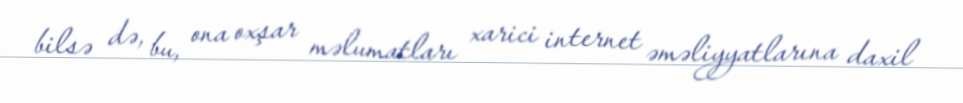
bilsə də, bu, ona oxşar məlumatları xarici internet əməliyyatlarına daxil